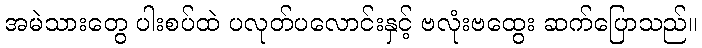
အမဲသားတွေ ပါးစပ်ထဲ ပလုတ်ပလောင်းနှင့် ဗလုံးဗထွေး ဆက်ပြောသည်။